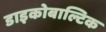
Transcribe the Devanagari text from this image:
डाइकोबाल्टिक